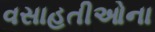
વસાહતીઓના